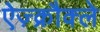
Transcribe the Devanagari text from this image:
ऐज़्क्रौक्ले